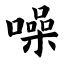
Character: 噪